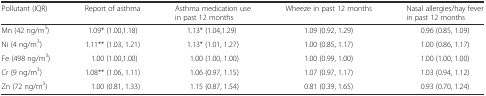
| Pollutant (IQR) | Report of asthma | Asthma medication use in past 12 months | Wheeze in past 12 months | Nasal allergies/hay fever in past 12 months |
 | --- | --- | --- | --- | --- |
 | Mn (42 ng/m3) | 1.09* (1.00,1.18) | 1.13* (1.04,1.29) | 1.09 (0.92, 1.29) | 0.96 (0.85, 1.09) |
 | Ni (4 ng/m3) | 1.11** (1.03, 1.21) | 1.13* (1.01, 1.27) | 1.00 (0.85, 1.17) | 1.00 (0.86, 1.17) |
 | Fe (498 ng/m3) | 1.00 (1.00,1.00) | 1.00 (1.00, 1.00) | 1.00 (0.99, 1.00) | 1.00 (1.00, 1.00) |
 | Cr (9 ng/m3) | 1.08** (1.06, 1.11) | 1.06 (0.97, 1.15) | 1.07 (0.97, 1.17) | 1.03 (0.94, 1.12) |
 | Zn (72 ng/m3) | 1.00 (0.81, 1.33) | 1.15 (0.87, 1.54) | 0.81 (0.39, 1.65) | 0.93 (0.70, 1.24) |